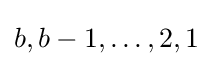
b,b-1,\dots ,2,1